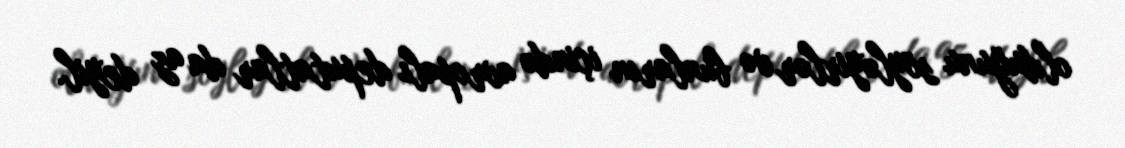
olduğunu söyləyirlər və bunların içində avropalı deputatlar da az deyil.